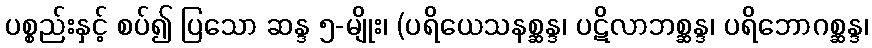
ပစ္စည်းနှင့် စပ်၍ ပြသော ဆန္ဒ ၅-မျိုး၊ (ပရိယေသနစ္ဆန္ဒ၊ ပဋိလာဘစ္ဆန္ဒ၊ ပရိဘောဂစ္ဆန္ဒ၊